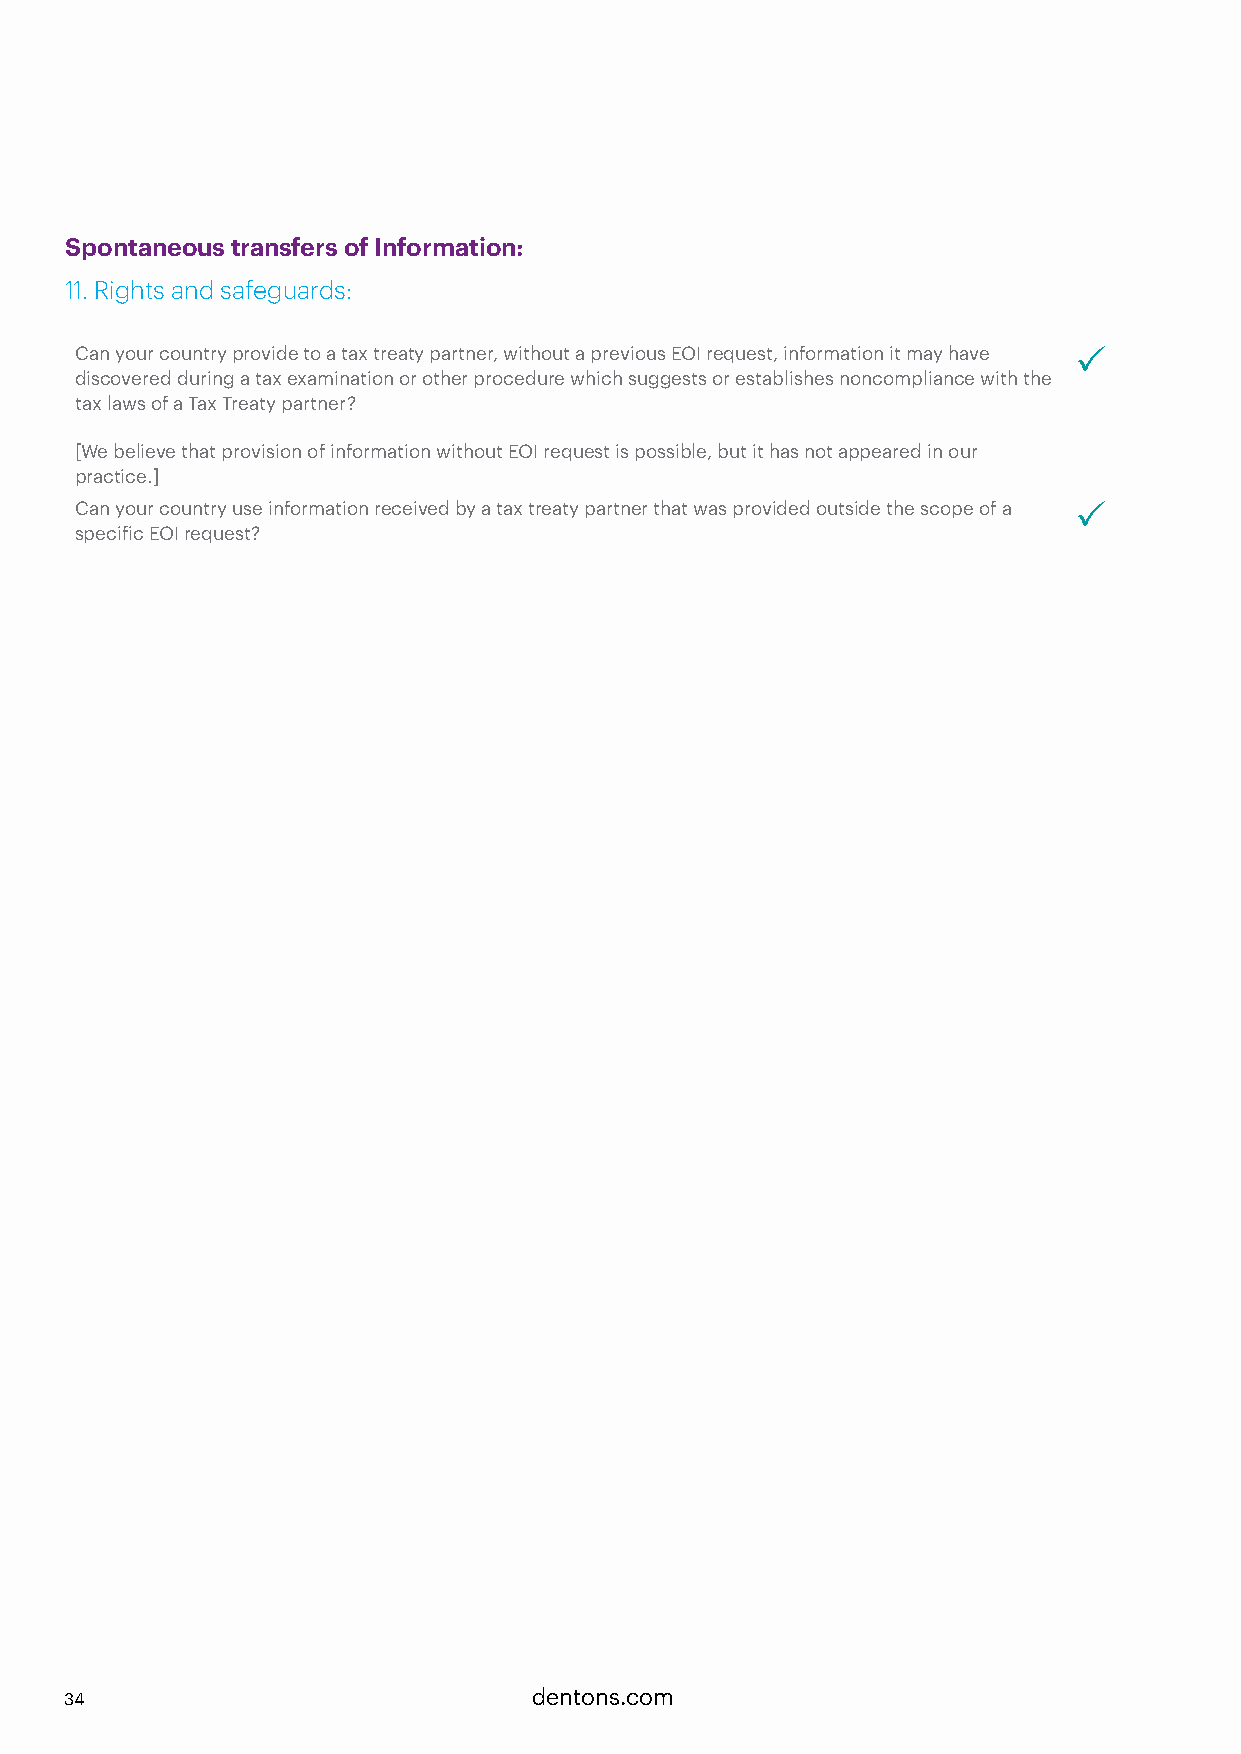
Spontaneous transfers of Information:
 11. Rights and safeguards:
 Can your country provide to a tax treaty partner, without a previous EOI request, information it may have P
 discovered during a tax examination or other procedure which suggests or establishes noncompliance with the
 tax laws of a Tax Treaty partner?
 [We believe that provision of information without EOI request is possible, but it has not appeared in our
 practice.]
 Can your country use information received by a tax treaty partner that was provided outside the scope of a P
 specific EOI request?
 34                             dentons.com